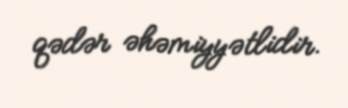
qədər əhəmiyyətlidir.